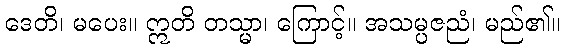
ဒေတိ၊ မပေး။ ဣတိ တသ္မာ၊ ကြောင့်။ အသမ္ပဇညံ၊ မည်၏။